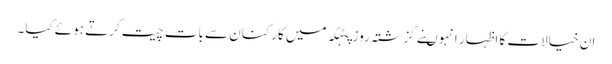
ان خیالات کا اظہار انہوںنے گزشتہ روز پٹہکہ میں کارکنان سے بات چیت کرتے ہوئے کیا۔